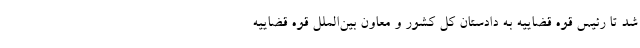
شد تا رئیس قوه قضاییه به دادستان کل کشور و معاون بین‌الملل قوه قضاییه